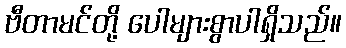
ဗီတာမင်တို့ ပေါများစွာပါရှိသည်။